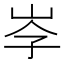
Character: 𡥐